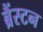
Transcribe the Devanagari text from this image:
ब्रैंस्टन